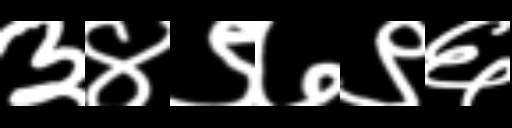
Text: ३४९७९६